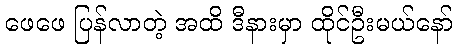
ဖေဖေ ပြန်လာတဲ့ အထိ ဒီနားမှာ ထိုင်ဦးမယ်နော်